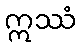
ဣဿံ